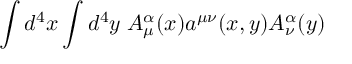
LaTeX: \int d ^ { 4 } x \int d ^ { 4 } y \; A _ { \mu } ^ { \alpha } ( x ) a ^ { \mu \nu } ( x , y ) A _ { \nu } ^ { \alpha } ( y )